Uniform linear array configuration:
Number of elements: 64
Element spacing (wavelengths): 0.5
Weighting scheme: exponential
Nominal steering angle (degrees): -15
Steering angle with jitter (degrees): -16.551
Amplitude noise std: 0.05
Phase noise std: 0.05

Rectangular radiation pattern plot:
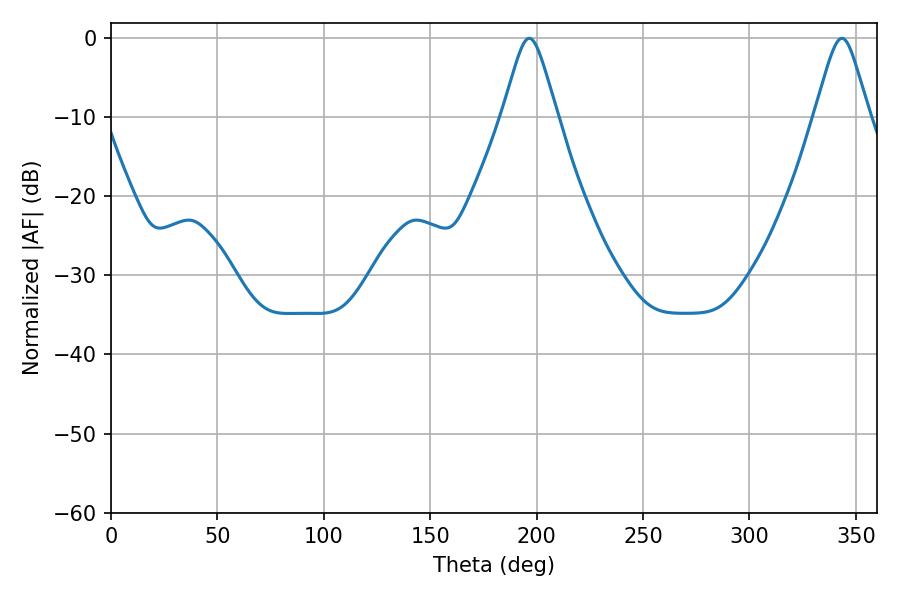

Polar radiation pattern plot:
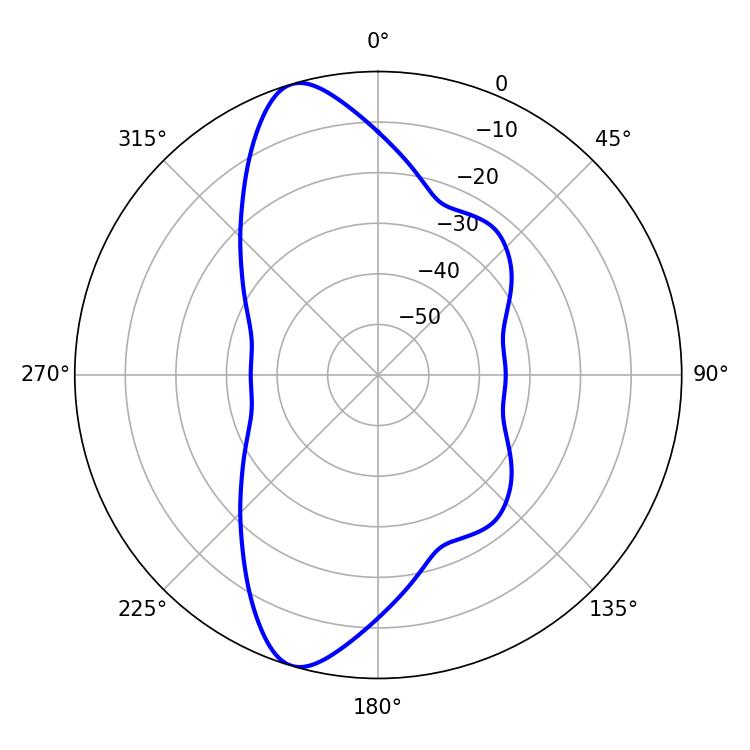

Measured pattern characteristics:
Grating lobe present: FALSE
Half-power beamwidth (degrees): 12.24
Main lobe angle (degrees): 343.44